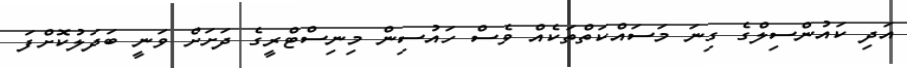
އަދި ކައުންސިލްގެ ގިނަ މަސައްކަތްތަކެއް ވެސް ހައުސިން މިނިސްޓްރީގެ ދަށަށް ވަނީ ބަދަލުކޮށްފަ